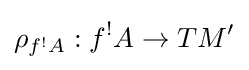
\rho _{f^{!}A}:f^{!}A\to TM'